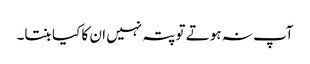
آپ نہ ہوتے تو پتہ نہیں ان کا کیا بنتا۔